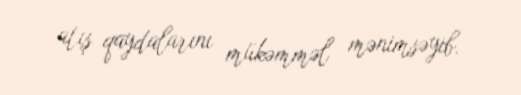
atış qaydalarını mükəmməl mənimsəyib.